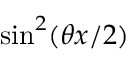
\sin ^ { 2 } ( \theta x / 2 )